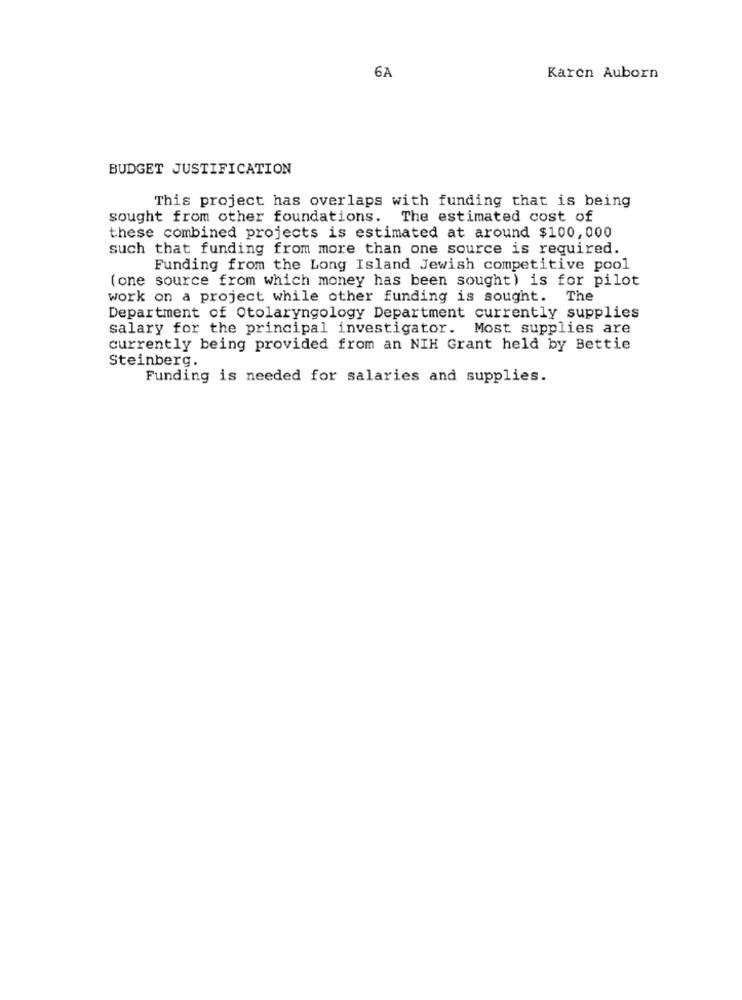
6A
Karen Auborn
BUDGET JUSTIFICATION
This project has overlaps with funding that is being
sought from other foundations. The estimated cost of
these combined projects is estimated at around $100,000
such that funding from more than one source is required.
Funding from the Long Island Jewish competitive pool
(one source from which money has been sought) is for pilot
work on a project while other funding is sought.
The
Department of Otolaryngology Department currently supplies
salary for the principal investigator. Most supplies are
currently being provided from an NIH Grant held by Bettie
Steinberg.
Funding is needed for salaries and supplies.